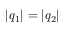
\vert q _ { 1 } \vert = \vert q _ { 2 } \vert